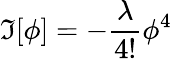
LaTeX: \mathfrak{I}[\phi]=-\frac{{\lambda}}{{4!}}{\phi}^{4}